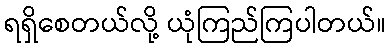
ရရှိစေတယ်လို့ ယုံကြည်ကြပါတယ်။